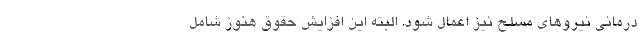
درمانی نیروهای مسلح نیز اعمال شود. البته این افزایش حقوق هنوز شامل